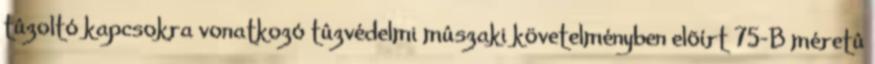
tûzoltó kapcsokra vonatkozó tûzvédelmi mûszaki követelményben elõírt 75-B méretû